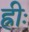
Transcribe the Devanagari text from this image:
ह्रीः